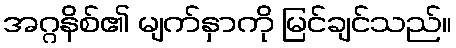
အဂ္ဂနိစ်၏ မျက်နှာကို မြင်ချင်သည်။